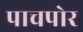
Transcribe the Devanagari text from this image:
पाचपोर